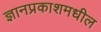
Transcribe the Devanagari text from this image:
ज्ञानप्रकाशमधील